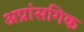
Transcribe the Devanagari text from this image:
अप्रांसगिक